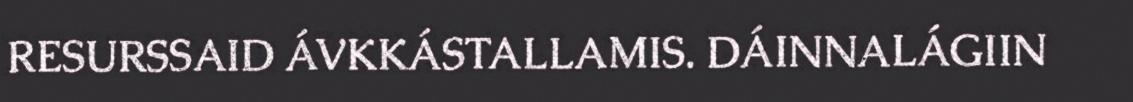
RESURSSAID ÁVKKÁSTALLAMIS. DÁINNALÁGIIN